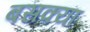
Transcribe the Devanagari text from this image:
बसक्या